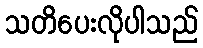
သတိပေးလိုပါသည်